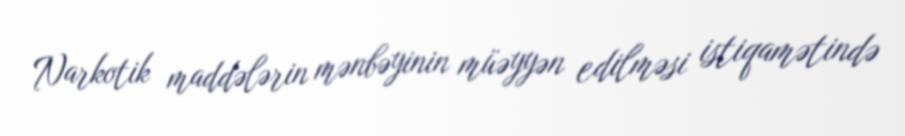
Narkotik maddələrin mənbəyinin müəyyən edilməsi istiqamətində